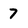
Character: 7